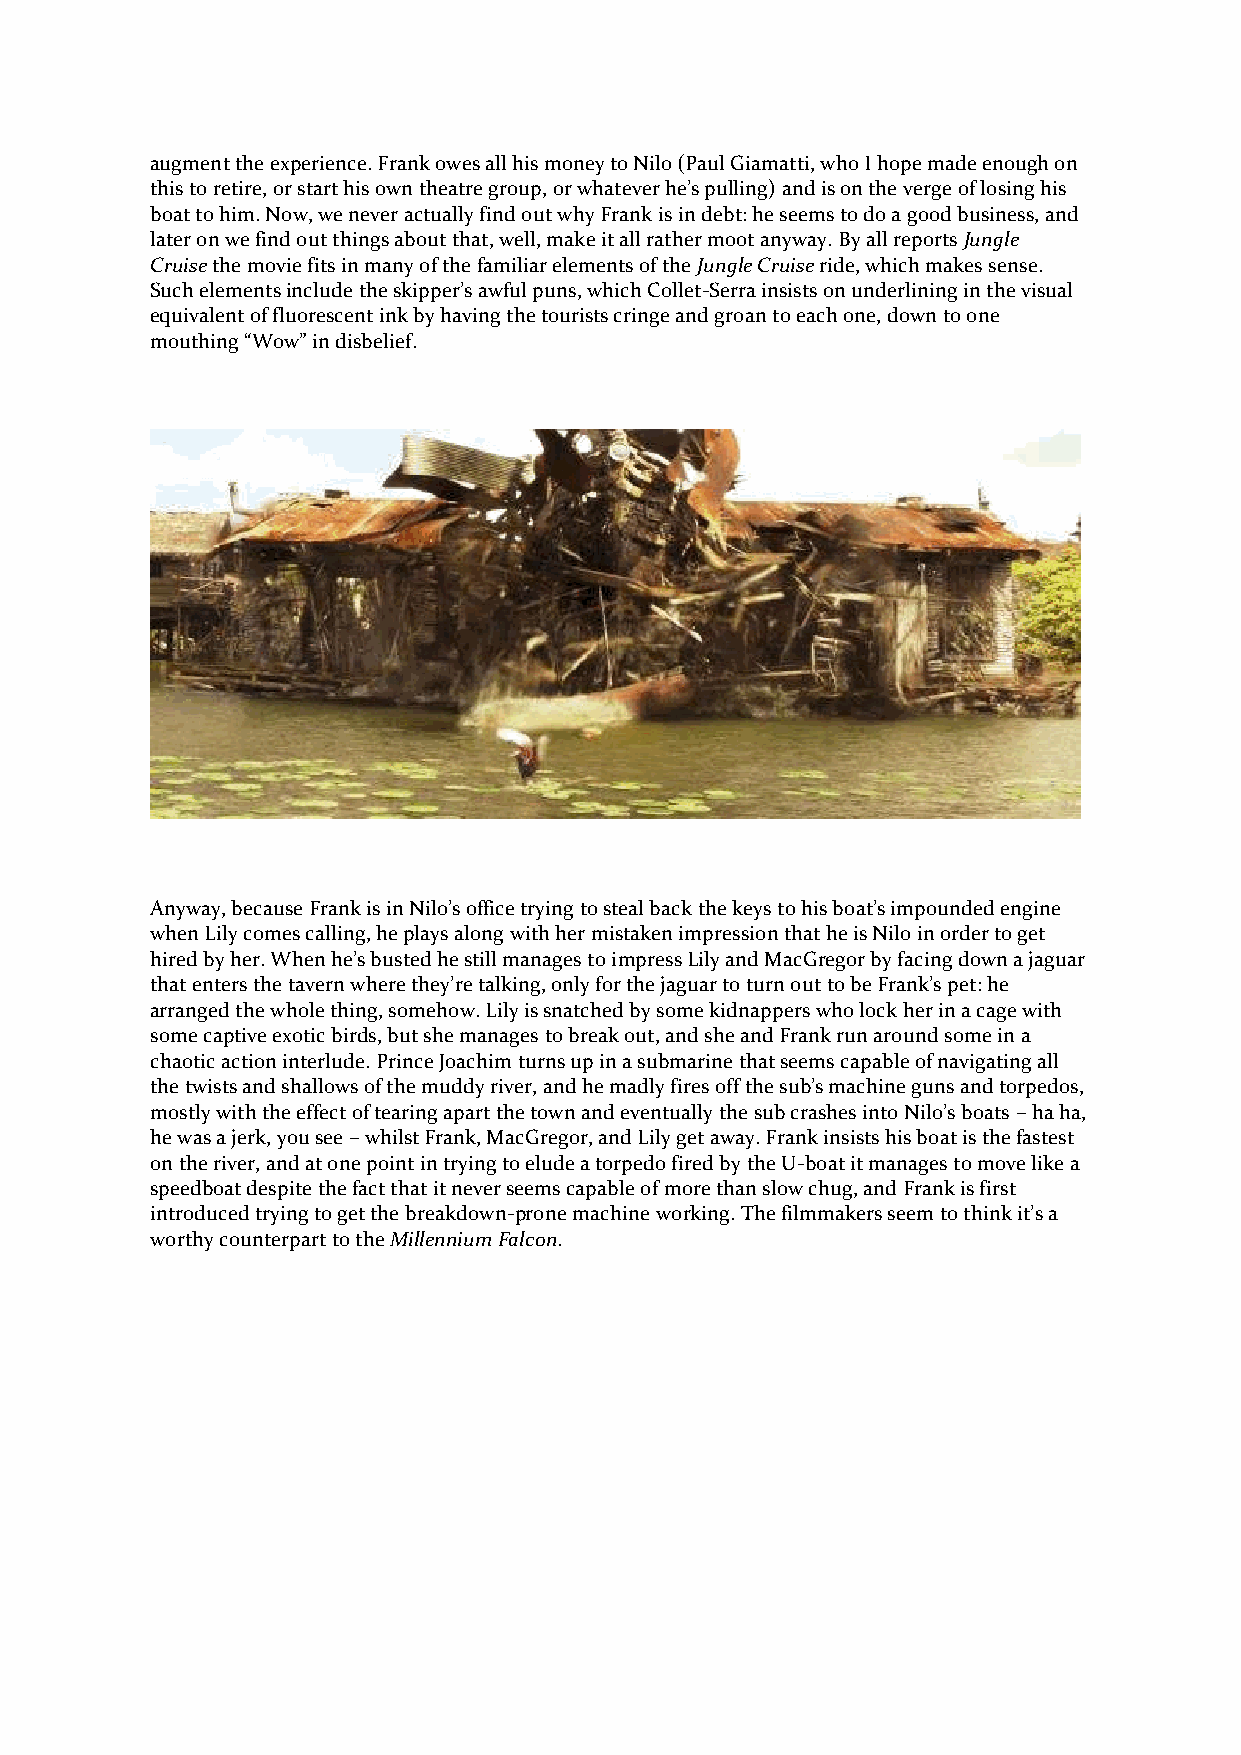
augment the experience. Frank owes all his money to Nilo (Paul Giamatti, who I hope made enough on
 this to retire, or start his own theatre group, or whatever he’s pulling) and is on the verge of losing his
 boat to him. Now, we never actually find out why Frank is in debt: he seems to do a good business, and
 later on we find out things about that, well, make it all rather moot anyway. By all reports Jungle
 Cruise the movie fits in many of the familiar elements of the Jungle Cruise ride, which makes sense.
 Such elements include the skipper’s awful puns, which Collet-Serra insists on underlining in the visual
 equivalent of fluorescent ink by having the tourists cringe and groan to each one, down to one
 mouthing “Wow” in disbelief.
 Anyway, because Frank is in Nilo’s office trying to steal back the keys to his boat’s impounded engine
 when Lily comes calling, he plays along with her mistaken impression that he is Nilo in order to get
 hired by her. When he’s busted he still manages to impress Lily and MacGregor by facing down a jaguar
 that enters the tavern where they’re talking, only for the jaguar to turn out to be Frank’s pet: he
 arranged the whole thing, somehow. Lily is snatched by some kidnappers who lock her in a cage with
 some captive exotic birds, but she manages to break out, and she and Frank run around some in a
 chaotic action interlude. Prince Joachim turns up in a submarine that seems capable of navigating all
 the twists and shallows of the muddy river, and he madly fires off the sub’s machine guns and torpedos,
 mostly with the effect of tearing apart the town and eventually the sub crashes into Nilo’s boats – ha ha,
 he was a jerk, you see – whilst Frank, MacGregor, and Lily get away. Frank insists his boat is the fastest
 on the river, and at one point in trying to elude a torpedo fired by the U-boat it manages to move like a
 speedboat despite the fact that it never seems capable of more than slow chug, and Frank is first
 introduced trying to get the breakdown-prone machine working. The filmmakers seem to think it’s a
 worthy counterpart to the Millennium Falcon.